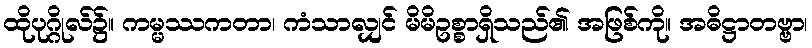
ထိုပုဂ္ဂိုလ်၌။ ကမ္မဿကတာ၊ ကံသာလျှင် မိမိဥစ္စာရှိသည်၏ အဖြစ်ကို။ အဓိဋ္ဌာတဗ္ဗာ၊